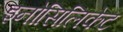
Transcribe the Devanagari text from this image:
इनोसिलिकेट